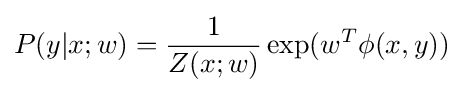
P(y|x;w)={\frac {1}{Z(x;w)}}\exp(w^{T}\phi (x,y))